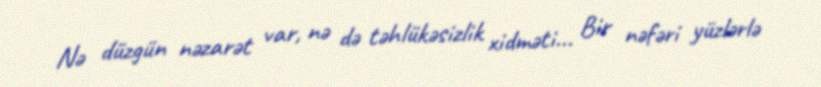
Nə düzgün nəzarət var, nə də təhlükəsizlik xidməti... Bir nəfəri yüzlərlə